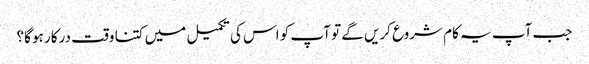
جب آپ یہ کام شروع کریں گے تو آپ کو اس کی تکمیل میں کتنا وقت درکار ہو گا؟